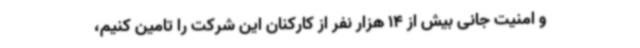
و امنیت جانی بیش از 14 هزار نفر از کارکنان این شرکت را تامین کنیم،